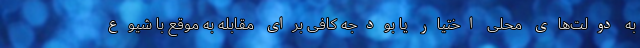
به دولت‌های محلی اختیار یا بودجه‌ کافی برای مقابله به موقع با شیوع